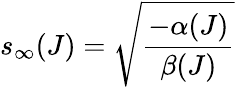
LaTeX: s_{\infty}(J)=\sqrt{\frac{-\alpha(J)}{\beta(J)}}